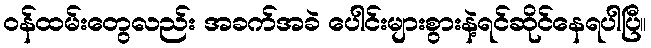
ဝန်ထမ်းတွေလည်း အခက်အခဲ ပေါင်းများစွားနဲ့ရင်ဆိုင်နေရပါပြီ။